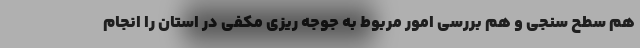
هم سطح سنجی و هم بررسی امور مربوط به جوجه ریزی مکفی در استان را انجام